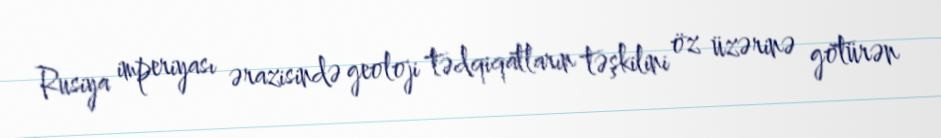
Rusiya imperiyası ərazisində geoloji tədqiqatların təşkilini öz üzərinə götürən